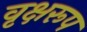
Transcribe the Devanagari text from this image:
वृक्षरूप